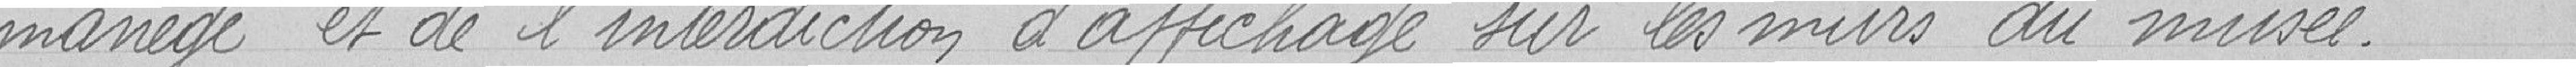
manège et de l'interdiction d'affichage sur les murs du musée.